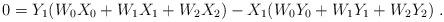
LaTeX: \begin{align*} 0 = Y_1(W_0 X_0 + W_1 X_1 + W_2 X_2) - X_1(W_0 Y_0 + W_1 Y_1 + W_2 Y_2) \;.\end{align*}